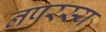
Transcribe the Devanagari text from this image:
नपरस्य